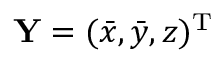
{ \mathbf Y } = ( \bar { x } , \bar { y } , z ) ^ { { \mathrm T } }